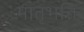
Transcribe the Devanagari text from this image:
मातृभक्ति